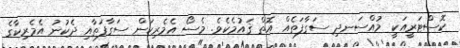
ކޮސްޓަރީއަކީ މުއްސަނދި ސަގާފަތެއް އޮތް ޤައުމެކެވެ. މެސޯ އެމެރިކަން ސަގާފަތާއި ދެކުނު އެމެރިކާގެ